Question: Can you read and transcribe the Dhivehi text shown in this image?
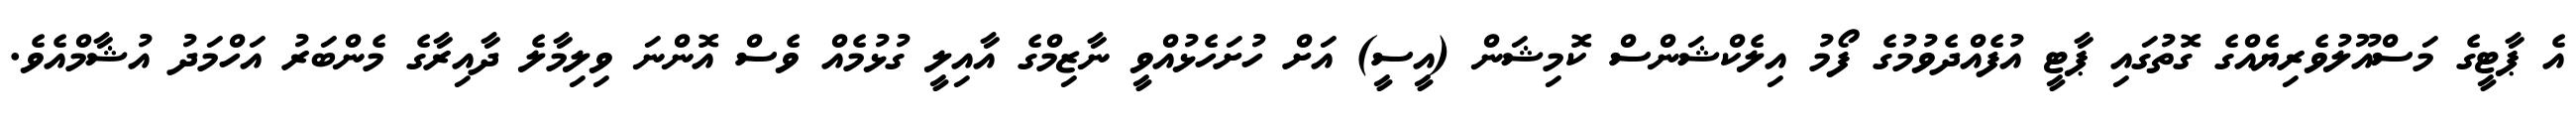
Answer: އެ ޕާޓީގެ މަސްއޫލުވެރިޔެއްގެ ގޮތުގައި ޕާޓީ އުފެއްދެވުމުގެ ފޯމު އިލެކްޝަންސް ކޮމިޝަން (އީސީ) އަށް ހުށަހެޅުއްވީ ނާޒިމްގެ އާއިލީ ގުޅުމެއް ވެސް އޮންނަ ވިލިމާލެ ދާއިރާގެ މެންބަރު އަހްމަދު އުޝާމްއެވެ.